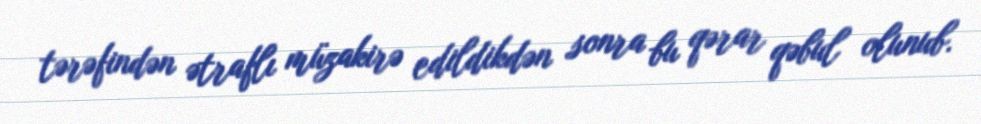
tərəfindən ətraflı müzakirə edildikdən sonra bu qərar qəbul olunub.